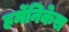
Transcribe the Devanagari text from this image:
हर्मेनिकेस